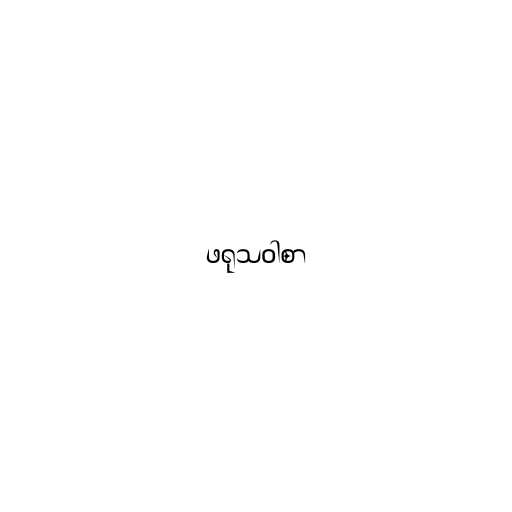
ဖရုသဝါစာ